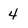
Character: 4